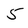
Character: 5